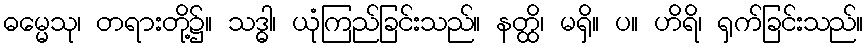
ဓမ္မေသု၊ တရားတို့၌။ သဒ္ဓါ၊ ယုံကြည်ခြင်းသည်။ နတ္ထိ၊ မရှိ။ ပ။ ဟိရိ၊ ရှက်ခြင်းသည်။